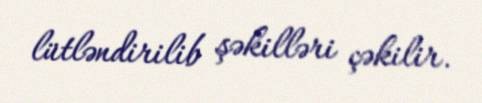
lütləndirilib şəkilləri çəkilir.